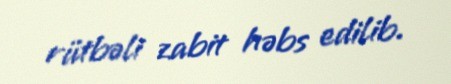
rütbəli zabit həbs edilib.